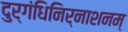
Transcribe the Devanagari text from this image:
दुर्गंधिनिर्नाशनम्